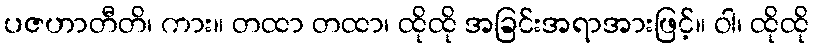
ပဇဟာတီတိ၊ ကား။ တထာ တထာ၊ ထိုထို အခြင်းအရာအားဖြင့်။ ဝါ၊ ထိုထို